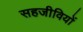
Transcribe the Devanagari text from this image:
सहजीवियों